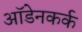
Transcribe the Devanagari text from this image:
ऑडेनकर्क